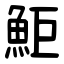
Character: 鮔